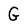
Character: G